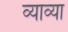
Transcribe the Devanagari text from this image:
व्याव्या